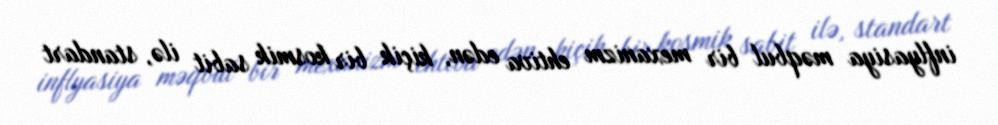
inflyasiya məqbul bir mexanizm ehtiva edən, kiçik bir kosmik sabit ilə, standart